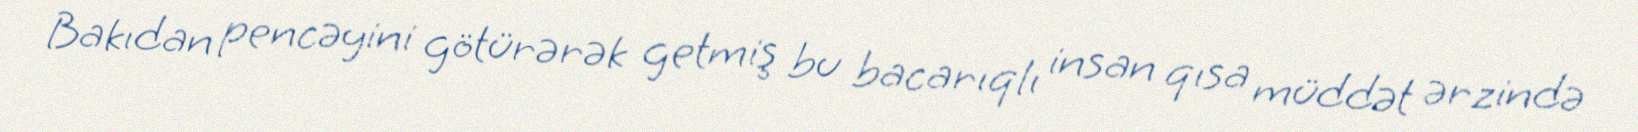
Bakıdan pencəyini götürərək getmiş bu bacarıqlı insan qısa müddət ərzində